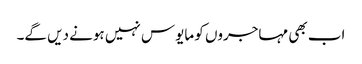
اب بھی مہاجروں کو مایوس نہیں ہونے دیں گے۔